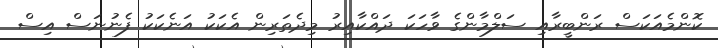
ކޮންމެއަކަސް ރަންބީރާއި ސަލްމާންގެ ވާހަކަ ދައްކާއިރު މިދެތަރިން އެކަކު އަނެކަކު ފެނުނަސް އިސް